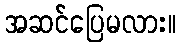
အဆင်ပြေမလား။